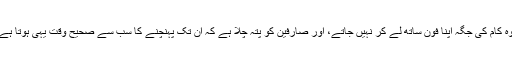
وہ کام کی جگہ اپنا فون ساتھ لے کر نہیں جاتے، اور صارفین کو پتہ چلا ہے کہ ان تک پہنچنے کا سب سے صحیح وقت یہی ہوتا ہے۔